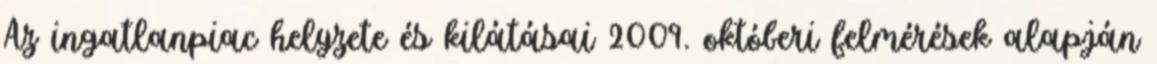
Az ingatlanpiac helyzete és kilátásai 2009. októberi felmérések alapján